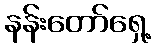
နန်းတော်ရှေ့